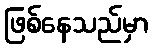
ဖြစ်နေသည်မှာ